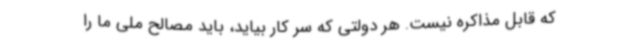
که قابل مذاکره نیست. هر دولتی که سر کار بیاید، باید مصالح ملی ما را